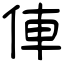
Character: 俥